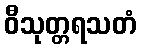
ဝီသုတ္တရသတံ